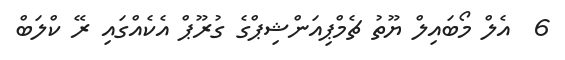
6  އެލް މޯބައިލް ޔޫތު ޗެމްޕިއަންޝިޕްގެ ގުރޫޕް އެކެއްގައި ރޭ ކްލަބް